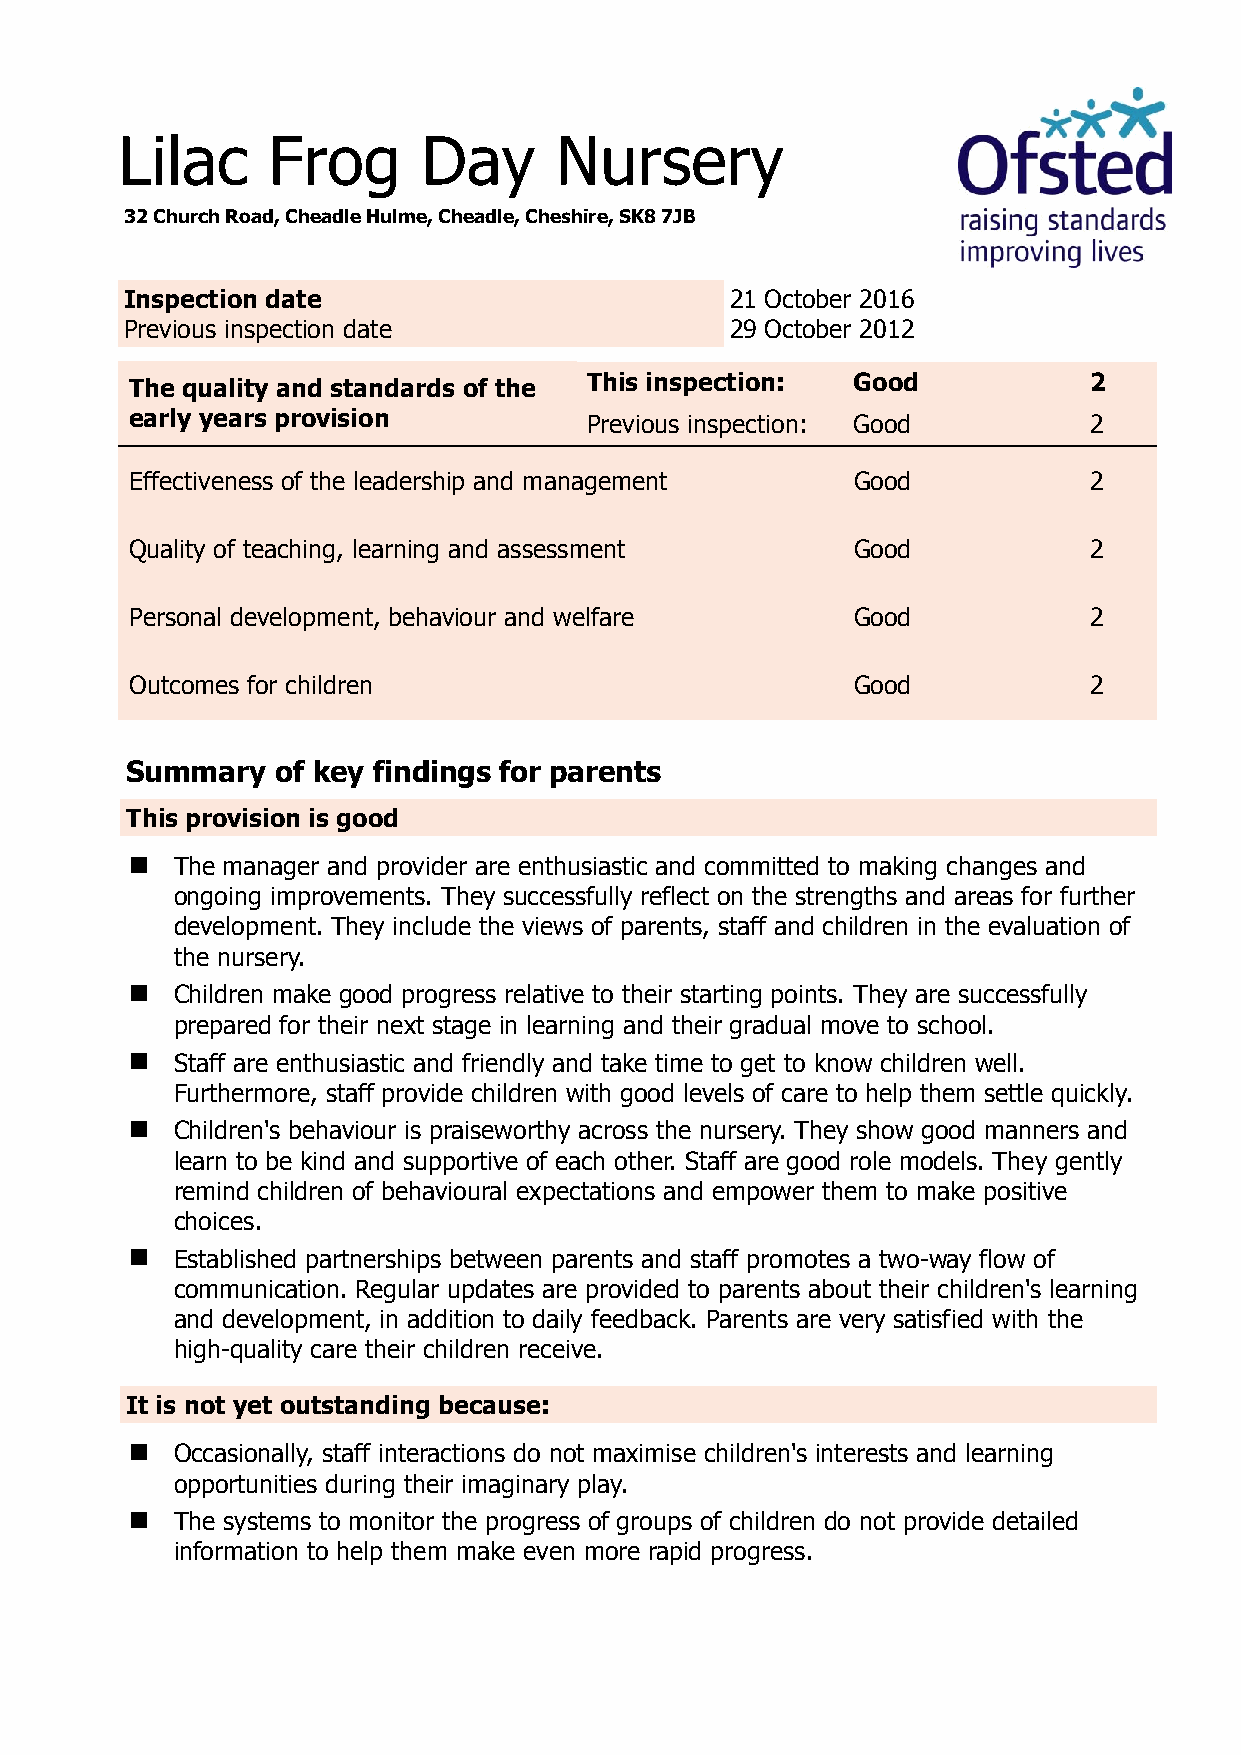
Lilac     Frog      Day      Nursery
 32 Church Road, Cheadle Hulme, Cheadle, Cheshire, SK8 7JB
 Inspection date                         21 October 2016
 Previous inspection date                29 October 2012
 The quality and standards of the This inspection: Good         2
 early years provision         Previous inspection: Good        2
 Effectiveness of the leadership and management Good            2
 Quality of teaching, learning and assessment   Good            2
 Personal development, behaviour and welfare    Good            2
 Outcomes for children                          Good            2
 Summary   of key findings for parents
 This provision is good
   The manager and provider are enthusiastic and committed to making changes and
 ongoing improvements. They successfully reflect on the strengths and areas for further
 development. They include the views of parents, staff and children in the evaluation of
 the nursery.
   Children make good progress relative to their starting points. They are successfully
 prepared for their next stage in learning and their gradual move to school.
   Staff are enthusiastic and friendly and take time to get to know children well.
 Furthermore, staff provide children with good levels of care to help them settle quickly.
   Children's behaviour is praiseworthy across the nursery. They show good manners and
 learn to be kind and supportive of each other. Staff are good role models. They gently
 remind children of behavioural expectations and empower them to make positive
 choices.
   Established partnerships between parents and staff promotes a two-way flow of
 communication. Regular updates are provided to parents about their children's learning
 and development, in addition to daily feedback. Parents are very satisfied with the
 high-quality care their children receive.
 It is not yet outstanding because:
   Occasionally, staff interactions do not maximise children's interests and learning
 opportunities during their imaginary play.
   The systems to monitor the progress of groups of children do not provide detailed
 information to help them make even more rapid progress.